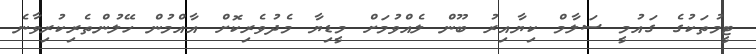
ޓީމުތަކުގެ ގައުމީ ސަލާމް ކިޔާއިރު ބޫން ލެއްވުމަށް މީޑިޔާ މެދުވެރިކޮށް އާއްމުން ހޭލުންތެރިކުރިވާނެ